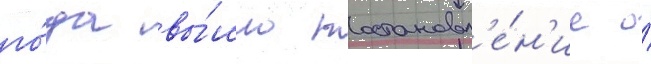
го́да вы́шло постановл'е́н'ие о́